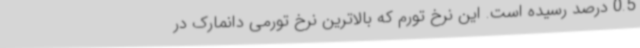
0.5 درصد رسیده است. این نرخ تورم که بالاترین نرخ تورمی دانمارک در